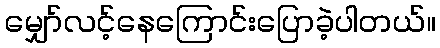
မျှော်လင့်နေကြောင်းပြောခဲ့ပါတယ်။